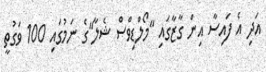
އަދި އެ ފައިސާ އިން ގާޒާގައި "މޯލްޑިވްސް ޝެލާ"ގެ ނަމުގައި 100 ވަގުތީ